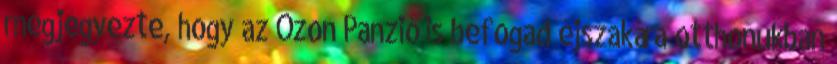
megjegyezte, hogy az Ózon Panzió is befogad éjszakára otthonukban